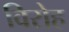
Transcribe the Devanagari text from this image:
विरोह